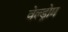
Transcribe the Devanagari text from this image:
वेल्ड्रोम